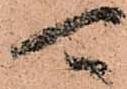
可